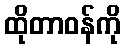
ထိုတာဝန်ကို